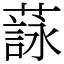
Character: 𦻑